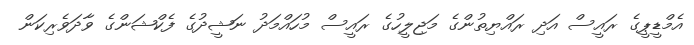
އެމްޑީޕީގެ ރައީސް އަދި ރައްޔިތުންގެ މަޖިލީހުގެ ރައީސް މުހައްމަދު ނަޝީދުގެ ފެކްޝަންގެ ވާދަވެރިކަން